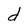
Character: d